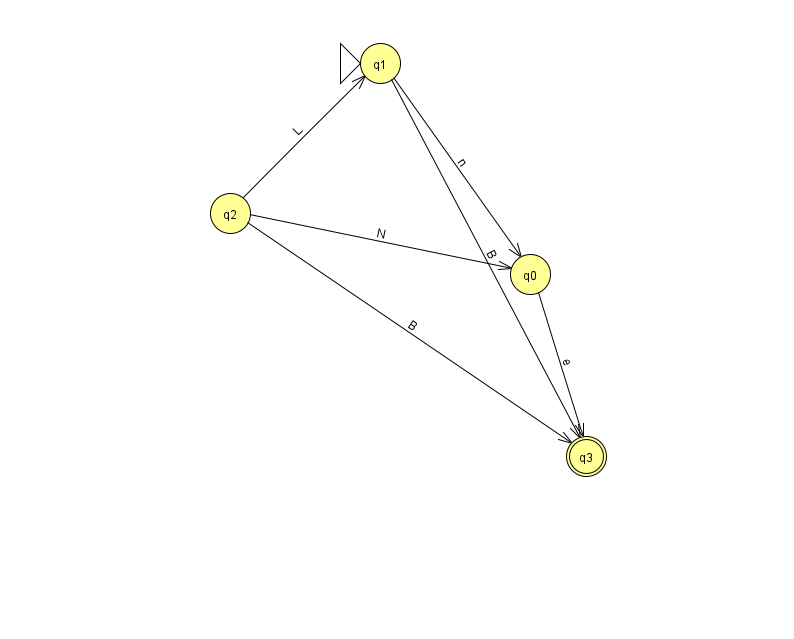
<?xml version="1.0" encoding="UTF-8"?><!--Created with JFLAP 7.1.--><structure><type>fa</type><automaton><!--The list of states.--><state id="0" name="q0"><x>530.0</x><y>261.0</y></state><state id="1" name="q1"><x>380.0</x><y>50.0</y><initial/></state><state id="2" name="q2"><x>230.0</x><y>200.0</y></state><state id="3" name="q3"><x>586.0</x><y>443.0</y><final/></state><!--The list of transitions.--><transition><from>1</from><to>3</to><read>B</read></transition><transition><from>2</from><to>0</to><read>N</read></transition><transition><from>2</from><to>1</to><read>L</read></transition><transition><from>0</from><to>3</to><read>e</read></transition><transition><from>2</from><to>3</to><read>B</read></transition><transition><from>1</from><to>0</to><read>n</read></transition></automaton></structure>